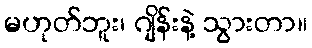
မဟုတ်ဘူး၊ ဂျိန်းနဲ့ သွားတာ။